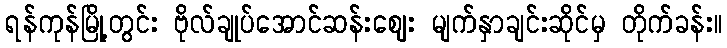
ရန်ကုန်မြို့တွင်း ဗိုလ်ချုပ်အောင်ဆန်းဈေး မျက်နှာချင်းဆိုင်မှ တိုက်ခန်း။